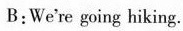
B:We're going hiking.